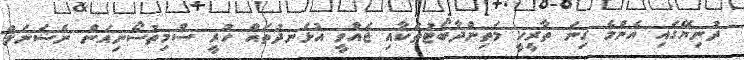
ދުނިޔޭގައި އެންމެ ގިނަ ތާރީހީ މަތިންދާބޯޓުތަކާއި ޖައްވީ އުޅަނދުތައް ހުރީ ސްމިތުސޯނިއަން ނެޝަނަލް